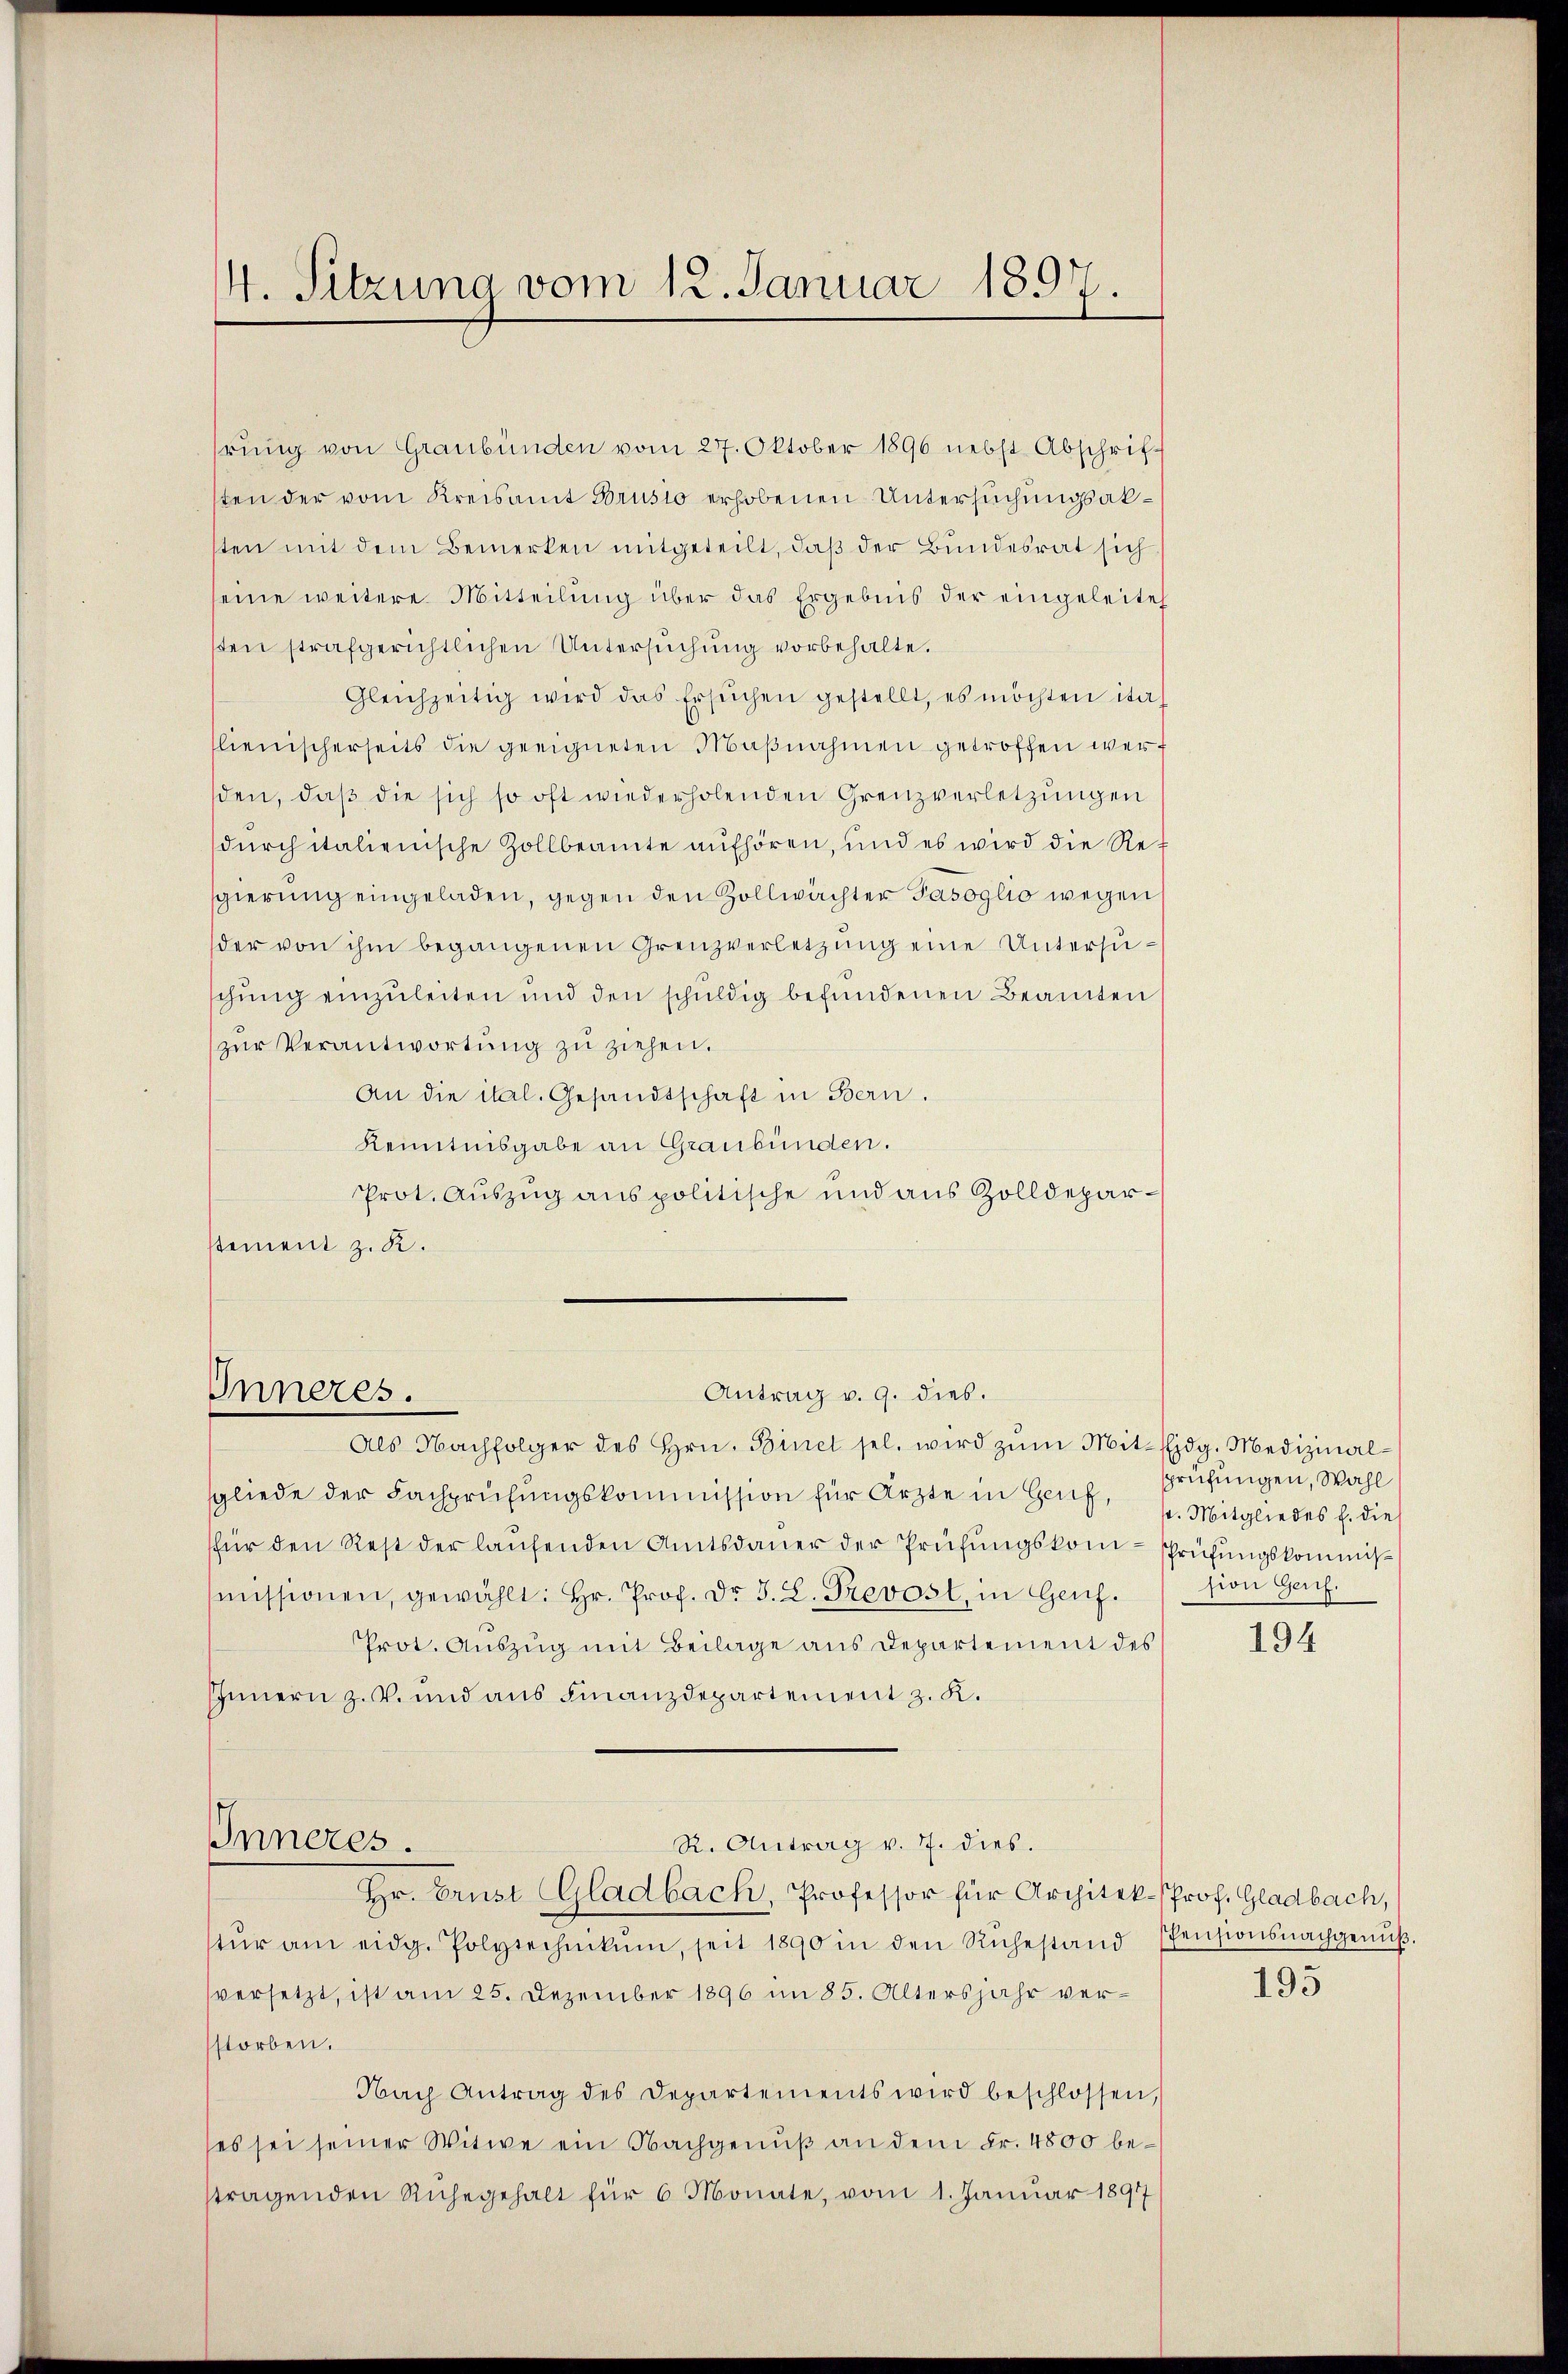
4. Sitzung vom 12. Januar 1897.

hrung von Graubünden vom 27. Oktober 1896 nebst Abschrif-
sten der vom Kreisamt Brusio erhobenen Untersuchungsabten mit dem Bemerken mitgeteilt, daß der Bundesrat sich
seine weitere Mitteilung über das Ergebnis der eingeleitet
sten strafgerichtlichen Untersuchung vorbehalte.
Gleichzeitig wird das Ersuchen gestellt, es möchten ital
lienischerseits die geeigneten Maβnahmen getroffen werf
den, daß die sich so oft wiederholenden Grenzverletzungen
dŭrch italienische Zollbeamte aufhören, und es wird die Regierung eingeladen, gegen den Zollwächter Gasoglio wegens
der von ihm begangenen Grenzverletzŭng eine Untersuschung einzuleiten und den schuldig befŭndenen Beamten
zŭr Verantwortŭng zŭ ziehen.
An die ital. Gesandtschaft in Bern.
Kenntnisgabe an Graubünden.
Prot. Auszug aus politische und aus Zolldeparstement z. K.

Antrag v. 9. dies.
Inneres.

Als Nachfolger des Hrn. Binet sel. wird zum Mit-Eidg. Medizinalsgliede der Fachprüfungskommission für Ärzte in Genf,
für den Rest der laŭfenden Amtsdauer der Prüfungskom-Prüfungskommismissionen, gewählt: Hr. Prof. Dr. J. L. Prevost, in Genf.) sion Genf.
Prot. Aŭszŭg mit Beilage aus Departement des
IInnern z. V. und aus Finanzdepartement z. K.
Inneres.
R. Antrag v. 7. dies.
Hr. Brust Gladbach, Professor für Architek- Prof. Gladbach,
tŭr am eidg. Polytechnikum, seit 1890 in den Rŭhestand PPensionsnachgenŭβ-
versetzt, ist am 25. Dezember 1896 im 85. Altersjahr verstorben.
Nach Antrag des Departements wird beschlossen,
es sei seiner Witwe ein Nachgenuß an dem Fr. 4800 bestragenden Ruhegehalt für 6 Monate, vom 1. Januar 1897

prüfungen, Wahl
s. Mitgliedes h. die

194

195